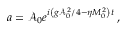
a = \mathcal { A } _ { 0 } e ^ { { i \left( { g \mathcal { A } _ { 0 } ^ { 2 } } / { 4 } - \eta M _ { 0 } ^ { 2 } \right) t } } \: ,